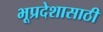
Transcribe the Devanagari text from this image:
भूप्रदेशासाठी